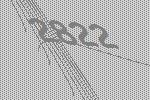
2822